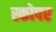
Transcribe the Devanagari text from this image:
स्कोपर